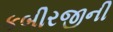
કબીરજીની